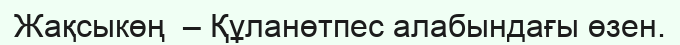
Жақсыкөң  – Құланөтпес алабындағы өзен.